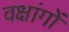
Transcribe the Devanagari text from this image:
वक्षांगों